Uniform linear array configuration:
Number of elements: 48
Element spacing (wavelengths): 0.5
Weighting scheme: kaiser
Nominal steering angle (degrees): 60
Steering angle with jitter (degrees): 60.709
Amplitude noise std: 0.05
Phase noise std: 0.05

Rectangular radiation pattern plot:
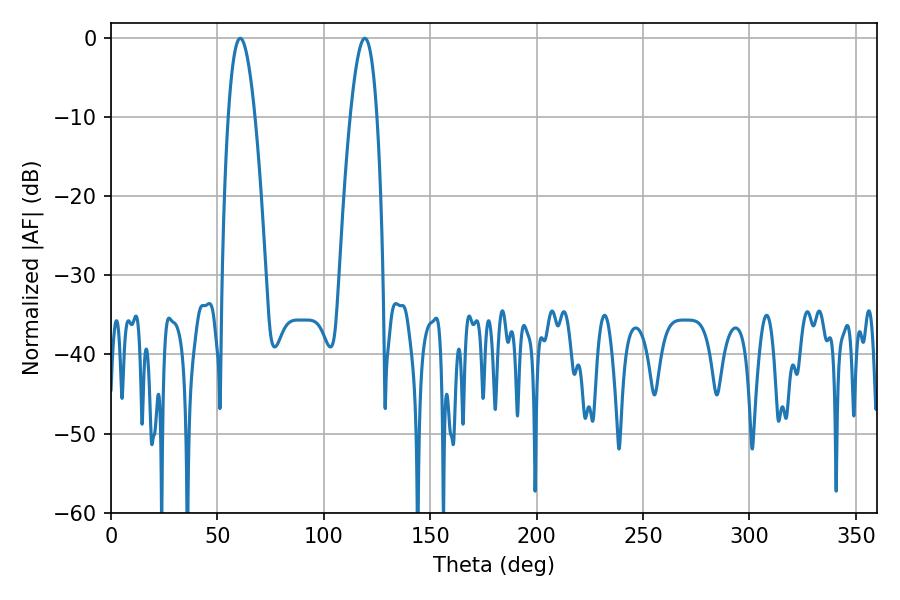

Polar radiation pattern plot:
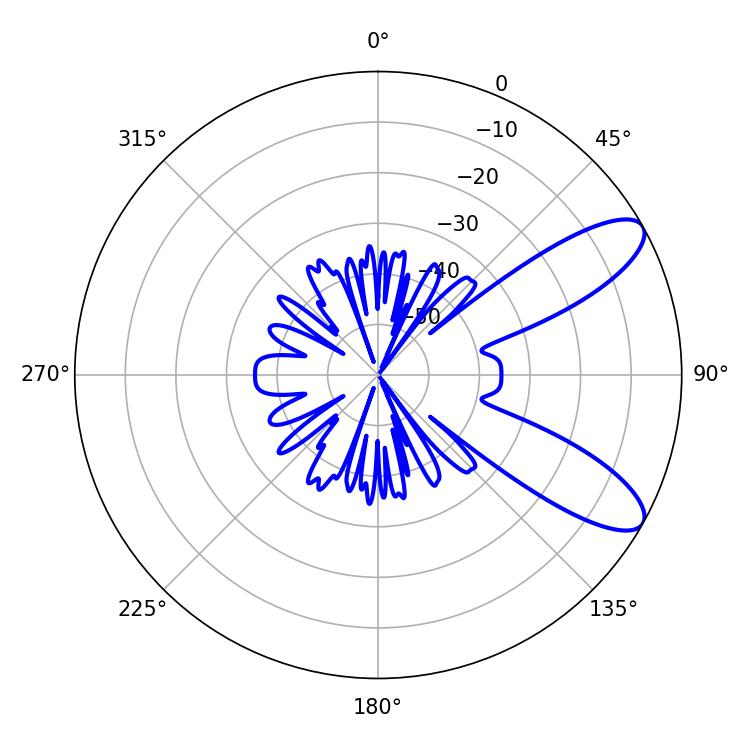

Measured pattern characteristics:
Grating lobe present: FALSE
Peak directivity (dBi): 9.45
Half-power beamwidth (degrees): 7.02
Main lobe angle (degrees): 60.66